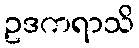
ဥဒကရာသိ